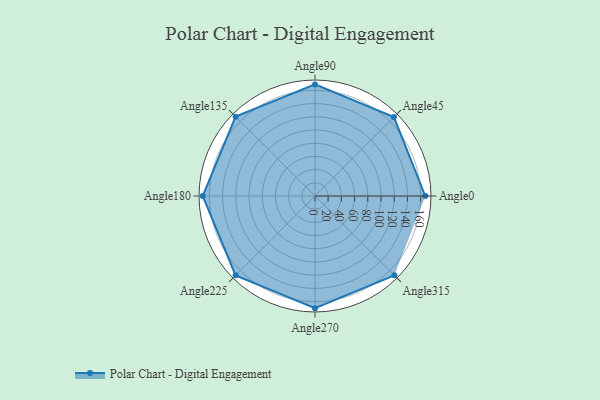
{"axis": {"x": "Angle", "y": "Radius"}, "legend": [""], "data": [{"x": "Angle0", "y": 167.0, "type": ""}, {"x": "Angle45", "y": 169.0, "type": ""}, {"x": "Angle90", "y": 169.0, "type": ""}, {"x": "Angle135", "y": 170, "type": ""}, {"x": "Angle180", "y": 170, "type": ""}, {"x": "Angle225", "y": 170, "type": ""}, {"x": "Angle270", "y": 170, "type": ""}, {"x": "Angle315", "y": 170, "type": ""}]}